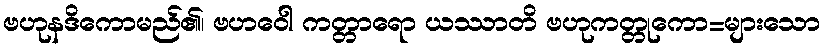
ဗဟုနဒိကောမည်၏၊ ဗဟဝေါ ကတ္တာရော ယဿာတိ ဗဟုကတ္တုကော=များသော